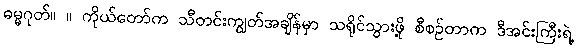
ဓမ္မဂုတ်။ ။ ကိုယ်တော်က သီတင်းကျွတ်အချိန်မှာ သရိုင်သွားဖို့ စီစဉ်တာက ဒီအင်းကြီးရဲ့